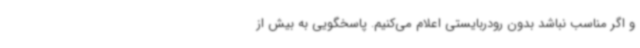
و اگر مناسب نباشد بدون رودربایستی اعلام می‌کنیم. پاسخگویی به بیش از